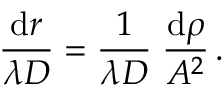
{ \frac { \mathrm { d } \boldsymbol r } { \lambda D } } = { \frac { 1 } { \lambda D } } \; { \frac { \mathrm { d } \boldsymbol \rho } { A ^ { 2 } } } \, .